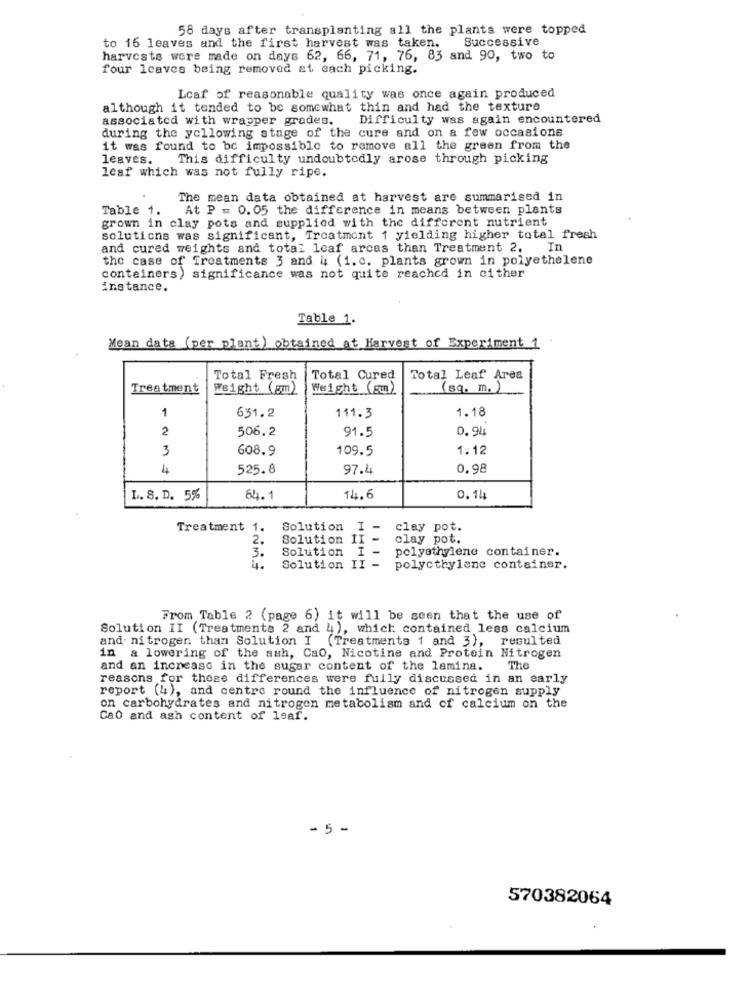
58 days after transplanting all the plants were topped
to 16 leaves and the first harvest was taken.
Successive
harvests were made on days 62, 66, 71, 76, 83 and. 90, two to
four leaves being removed at each picking.
Lcaf of reasonable quality was once again produced
although it tended to be somewhat thin and had the texture
associated with wrapper grades.
Difficulty was again encountered
during the yellowing stage of the cure and on a few occasione
it was found to be impossible to remove all the green from the
leaves.
This difficulty undoubtedly arose through picking
leaf which was not fully ripe.
The mean data obtained at harvest are summarised in
Table 1.
At P = 0. 05 the difference in means between plants
grown in clay pots and supplied with the different nutrient
solutions was significant, Troatmont 1 yielding higher total fresh
and cured weights and total leaf arcas than Treatment 2. In
the case of Treatments 3 and 4 (1. c. plants grown in polyethelene
containers) significance was not quite reached in either
instance.
Table 1.
Mean data (per plant) obtained at Harvest of Experiment 1
Total Fresh
Total Cured
Total Leaf Area
Treatment
Weight (gm)
Weight (gm)
(sq. m. )
1
1.18
631.2
111.3
2
506.2
91.5
0.94
3
608.9
109.5
1.12
4
525.8
97.4
0.98
L. S. D. 5%
84.1
14.6
0.14
Treatment 1.
Solution I -
clay pot.
2.
Solution II -
clay pot.
3.
Solution I -
polyethylene container.
HHHH
4.
Solution II -
polyethylene container.
From Table 2 (page 6) it will be seen that the use of
Solution II (Treatments 2 and 4), which contained less calcium
and. nitrogen than Solution I (Treatments 1 and 3), resulted
in a lowering of the auh, Cao, Nicotine and Protein Nitrogen
and an increase in the sugar content of the lamina. The
reasons for these differences were fully discussed in an early
report (4), and centre round the influence of nitrogen supply
on carbohydrates and nitrogen metabolism and of calcium on the
Ca0 and ash content of leaf.
- 5 -
570382064